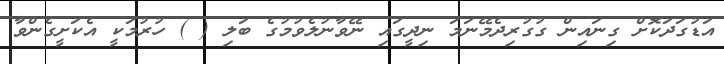
އަޑުގަދަކޮށް ގިނައިން ގުގުރިދެމޭނަމަ ނިދީގައި ނޭވާނުލެވުމުގެ ބަލި ( ) ހުރުމަކީ އެކަށީގެންވާ